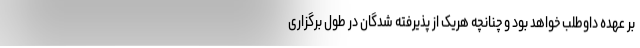
بر عهده داوطلب خواهد بود و چنانچه هریک از پذیرفته شدگان در طول برگزاری